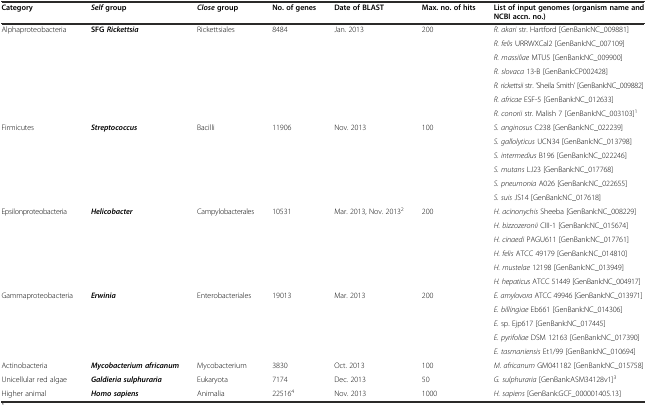
<table><thead><tr><td><b>Category</b></td><td><b><i>Self</i>group</b></td><td><b><i>Close</i>group</b></td><td><b>No. of genes</b></td><td><b>Date of BLAST</b></td><td><b>Max. no. of hits</b></td><td><b>List of input genomes (organism name and NCBI accn. no.)</b></td></tr></thead><tbody><tr><td rowspan="7">Alphaproteobacteria</td><td rowspan="7"><b>SFG</b><b><i>Rickettsia</i></b></td><td rowspan="7">Rickettsiales</td><td rowspan="7">8484</td><td rowspan="7">Jan. 2013</td><td rowspan="7">200</td><td><i>R. akari</i> str. Hartford [GenBank:NC_009881]</td></tr><tr><td><i>R. felis</i> URRWXCal2 [GenBank:NC_007109]</td></tr><tr><td><i>R. massiliae</i> MTU5 [GenBank:NC_009900]</td></tr><tr><td><i>R. slovaca</i> 13-B [GenBank:CP002428]</td></tr><tr><td><i>R. rickettsii</i> str. ‘Sheila Smith’ [GenBank:NC_009882]</td></tr><tr><td><i>R. africae</i> ESF-5 [GenBank:NC_012633]</td></tr><tr><td><i>R. conorii</i> str. Malish 7 [GenBank:NC_003103]<sup>1</sup></td></tr><tr><td rowspan="6">Firmicutes</td><td rowspan="6"><b><i>Streptococcus</i></b></td><td rowspan="6">Bacilli</td><td rowspan="6">11906</td><td rowspan="6">Nov. 2013</td><td rowspan="6">100</td><td><i>S. anginosus</i> C238 [GenBank:NC_022239]</td></tr><tr><td><i>S. gallolyticus</i> UCN34 [GenBank:NC_013798]</td></tr><tr><td><i>S. intermedius</i> B196 [GenBank:NC_022246]</td></tr><tr><td><i>S. mutans</i> LJ23 [GenBank:NC_017768]</td></tr><tr><td><i>S. pneumonia</i> A026 [GenBank:NC_022655]</td></tr><tr><td><i>S. suis</i> JS14 [GenBank:NC_017618]</td></tr><tr><td rowspan="6">Epsilonproteobacteria</td><td rowspan="6"><b><i>Helicobacter</i></b></td><td rowspan="6">Campylobacterales</td><td rowspan="6">10531</td><td rowspan="6">Mar. 2013, Nov. 2013<sup>2</sup></td><td rowspan="6">200</td><td><i>H. acinonychis</i> Sheeba [GenBank:NC_008229]</td></tr><tr><td><i>H. bizzozeronii</i> CIII-1 [GenBank:NC_015674]</td></tr><tr><td><i>H. cinaedi</i> PAGU611 [GenBank:NC_017761]</td></tr><tr><td><i>H. felis</i> ATCC 49179 [GenBank:NC_014810]</td></tr><tr><td><i>H. mustelae</i> 12198 [GenBank:NC_013949]</td></tr><tr><td><i>H. hepaticus</i> ATCC 51449 [GenBank:NC_004917]</td></tr><tr><td rowspan="5">Gammaproteobacteria</td><td rowspan="5"><b><i>Erwinia</i></b></td><td rowspan="5">Enterobacteriales</td><td rowspan="5">19013</td><td rowspan="5">Mar. 2013</td><td rowspan="5">200</td><td><i>E. amylovora</i> ATCC 49946 [GenBank:NC_013971]</td></tr><tr><td><i>E. billingiae</i> Eb661 [GenBank:NC_014306]</td></tr><tr><td><i>E.</i> sp. Ejp617 [GenBank:NC_017445]</td></tr><tr><td><i>E. pyrifoliae</i> DSM 12163 [GenBank:NC_017390]</td></tr><tr><td><i>E. tasmaniensis</i> Et1/99 [GenBank:NC_010694]</td></tr><tr><td>Actinobacteria</td><td><b><i>Mycobacterium africanum</i></b></td><td>Mycobacterium</td><td>3830</td><td>Oct. 2013</td><td>100</td><td><i>M. africanum</i> GM041182 [GenBank:NC_015758]</td></tr><tr><td>Unicellular red algae</td><td><b><i>Galdieria sulphuraria</i></b></td><td>Eukaryota</td><td>7174</td><td>Dec. 2013</td><td>50</td><td><i>G. sulphuraria</i> [GenBank:ASM34128v1]<sup>3</sup></td></tr><tr><td>Higher animal</td><td><b><i>Homo sapiens</i></b></td><td>Animalia</td><td>22516<sup>4</sup></td><td>Nov. 2013</td><td>1000</td><td><i>H. sapiens</i> [GenBank:GCF_000001405.13]</td></tr></tbody></table>